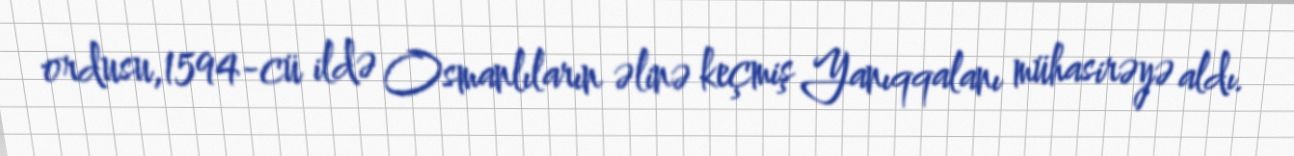
ordusu,1594-cü ildə Osmanlıların əlinə keçmiş Yanıqqalanı mühasirəyə aldı.